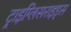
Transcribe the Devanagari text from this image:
ट्राइग्लिसराइड्स